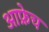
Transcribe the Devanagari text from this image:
आफ्रेच